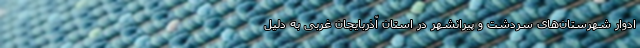
ادوار شهرستان‌های سردشت و پیرانشهر در استان آذربایجان غربی به دلیل